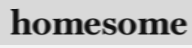
homesome